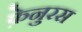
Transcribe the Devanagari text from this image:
फ़ेनुरस